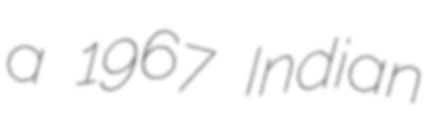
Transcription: a 1967 Indian